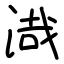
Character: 渽